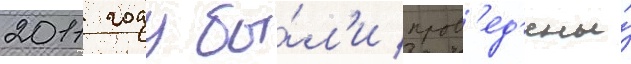
2011 году бы́л'и пров'ед'ены́